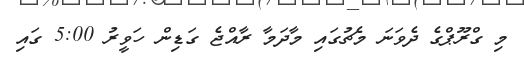
މި ގްރޫޕްގެ ދެވަނަ މެޗުގައި މާދަމާ ރާއްޖެ ގަޑިން ހަވީރު 5:00 ގައި